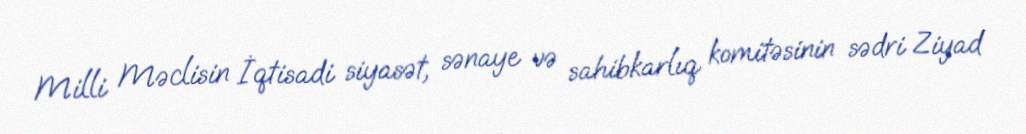
Milli Məclisin İqtisadi siyasət, sənaye və sahibkarlıq komitəsinin sədri Ziyad